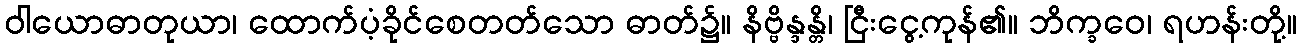
ဝါယောဓာတုယာ၊ ထောက်ပံ့ခိုင်စေတတ်သော ဓာတ်၌။ နိဗ္ဗိန္ဒန္တိ၊ ငြီးငွေ့ကုန်၏။ ဘိက္ခဝေ၊ ရဟန်းတို့။